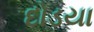
દોડયા